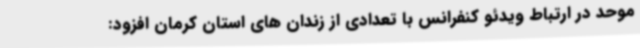
موحد در ارتباط ویدئو کنفرانس با تعدادی از زندان های استان کرمان افزود: